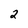
Character: 2